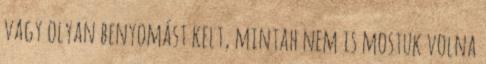
vagy olyan benyomást kelt, mintah nem is mostuk volna